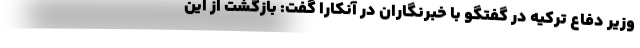
وزیر دفاع ترکیه در گفتگو با خبرنگاران در آنکارا گفت: بازگشت از این